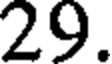
29.